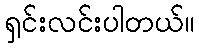
ရှင်းလင်းပါတယ်။